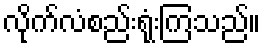
လိုက်လံစည်းရုံးကြသည်။